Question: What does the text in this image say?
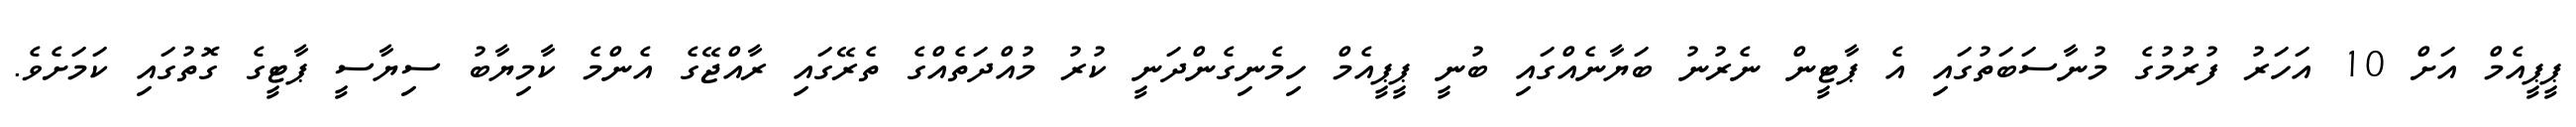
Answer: ޕީޕީއެމް އަށް 10 އަހަރު ފުރުމުގެ މުނާސަބަތުގައި އެ ޕާޓީން ނެރުނު ބަޔާނެއްގައި ބުނީ ޕީޕީއެމް ހިމެނިގެންދަނީ ކުރު މުއްދަތެއްގެ ތެރޭގައި ރާއްޖޭގެ އެންމެ ކާމިޔާބު ސިޔާސީ ޕާޓީގެ ގޮތުގައި ކަމަށެވެ.